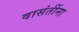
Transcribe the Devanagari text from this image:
वासंतींना